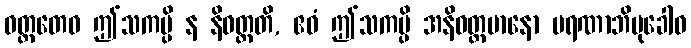
ဝတ္တတေဝ ဤသကမ္ပိ န နိဝတ္တတိ, ဧဝံ ဤသကမ္ပိ အနိဝတ္တမာနော မရဏာဘိမုခေါဝ